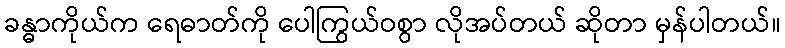
ခန္ဓာကိုယ်က ရေဓာတ်ကို ပေါကြွယ်ဝစွာ လိုအပ်တယ် ဆိုတာ မှန်ပါတယ်။